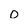
Character: 0